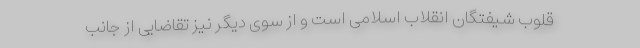
قلوب شیفتگان انقلاب اسلامی است و از سوی دیگر نیز تقاضایی از جانب